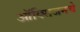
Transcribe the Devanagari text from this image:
ऑक्‍सिजनचे